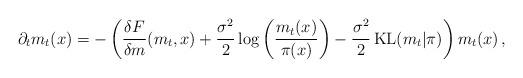
LaTeX: \begin{align*}\partial_t m_t(x) = - \left( \frac{\delta F}{\delta m} (m_t,x) + \frac{\sigma^2}{2}\log \left( \frac{m_t(x)}{\pi(x)}\right) - \frac{\sigma^2}{2}\operatorname{KL}(m_t|\pi) \right) m_t(x) \,,\end{align*}